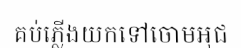
គប់ភ្លើងយកទៅចោមអុជ